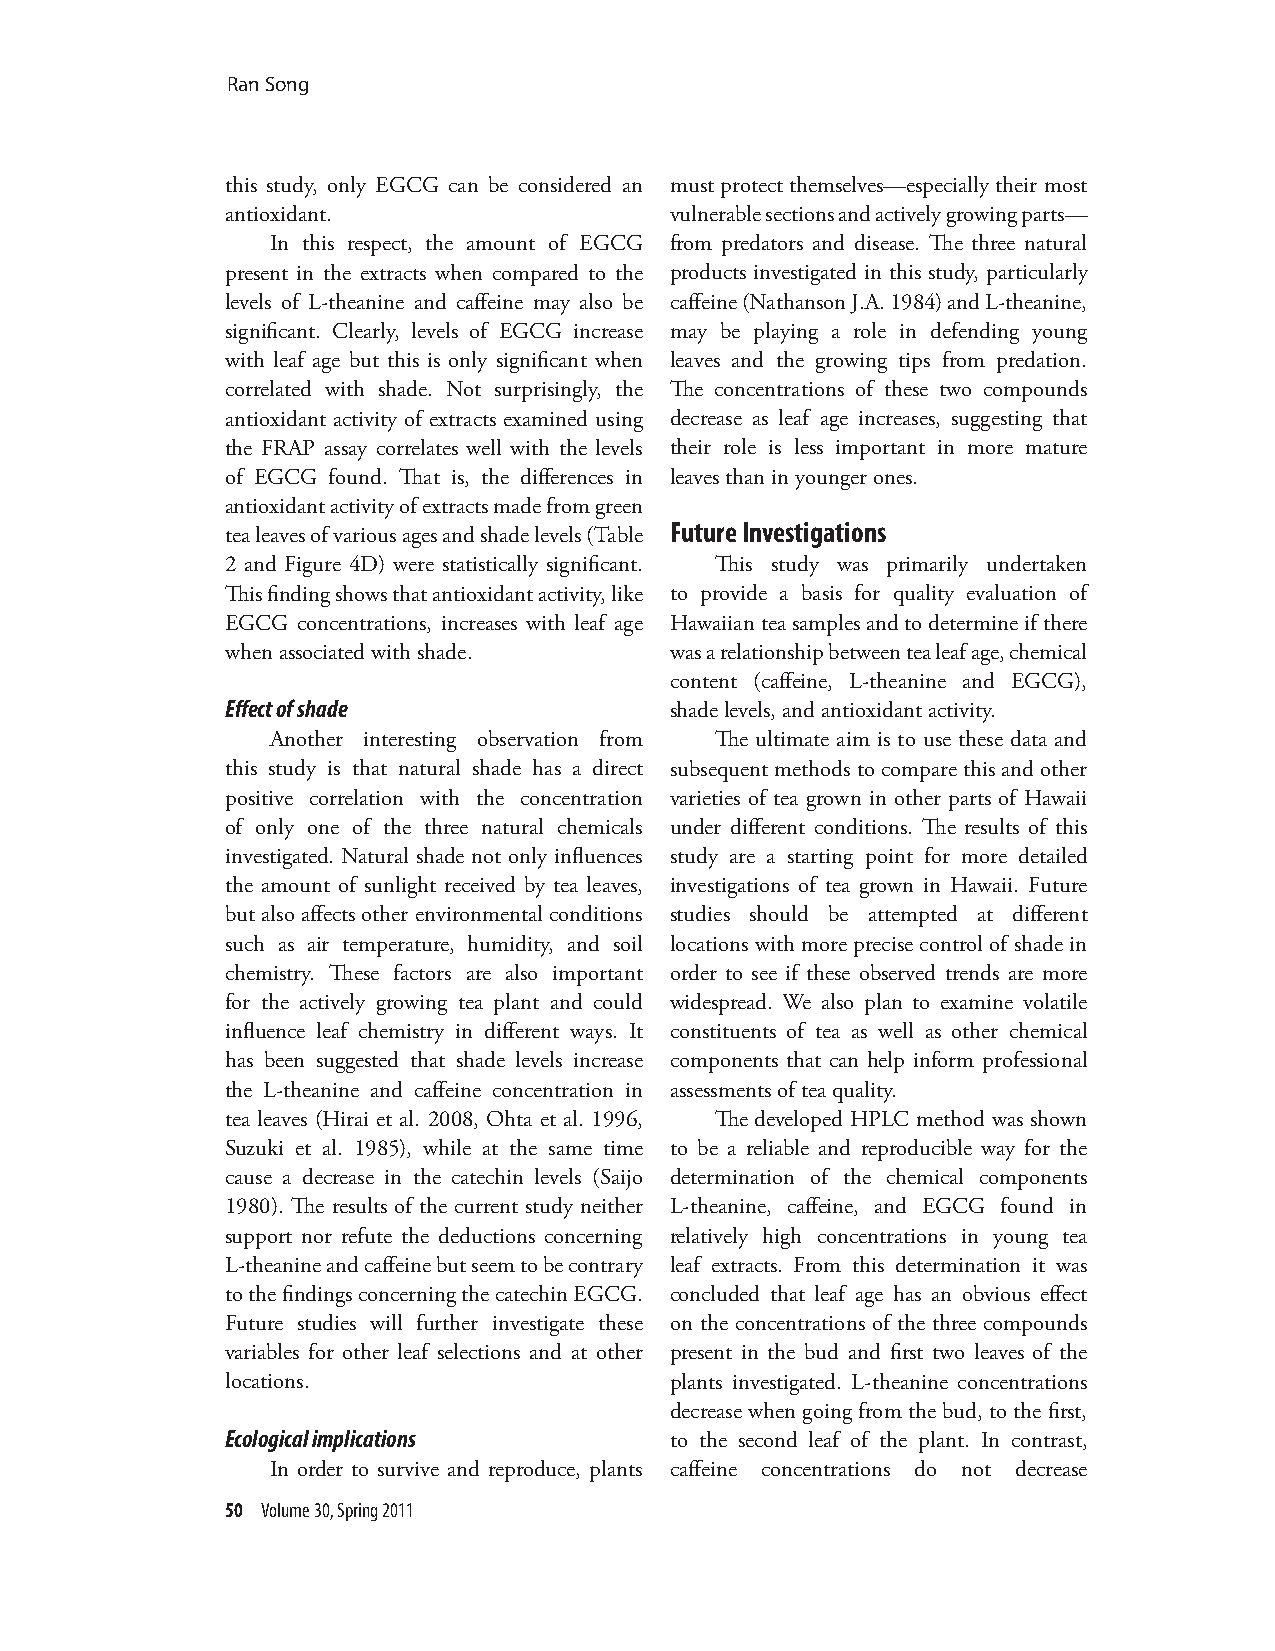
Ran Song
 this study, only EGCG can be considered an must protect themselves—especially their most
 antioxidant.                 vulnerable sections and actively growing parts—
 In this respect, the amount of EGCG from predators and disease. The three natural
 present in the extracts when compared to the products investigated in this study, particularly
 levels of L-theanine and caffeine may also be caffeine (Nathanson J.A. 1984) and L-theanine,
 significant. Clearly, levels of EGCG increase may be playing a role in defending young
 with leaf age but this is only significant when leaves and the growing tips from predation.
 correlated with shade. Not surprisingly, the The concentrations of these two compounds
 antioxidant activity of extracts examined using decrease as leaf age increases, suggesting that
 the FRAP assay correlates well with the levels their role is less important in more mature
 of EGCG found. That is, the differences in leaves than in younger ones.
 antioxidant activity of extracts made from green
 Future Investigations
 tea leaves of various ages and shade levels (Table
 2 and Figure 4D) were statistically significant. This study was primarily undertaken
 This finding shows that antioxidant activity, like to provide a basis for quality evaluation of
 EGCG concentrations, increases with leaf age Hawaiian tea samples and to determine if there
 when associated with shade.  was a relationship between tea leaf age, chemical
 content (caffeine, L-theanine and EGCG),
 Effect of shade              shade levels, and antioxidant activity.
 Another interesting observation from The ultimate aim is to use these data and
 this study is that natural shade has a direct subsequent methods to compare this and other
 positive correlation with the concentration varieties of tea grown in other parts of Hawaii
 of only one of the three natural chemicals under different conditions. The results of this
 investigated. Natural shade not only influences study are a starting point for more detailed
 the amount of sunlight received by tea leaves, investigations of tea grown in Hawaii. Future
 but also affects other environmental conditions studies should be attempted at different
 such as air temperature, humidity, and soil locations with more precise control of shade in
 chemistry. These factors are also important order to see if these observed trends are more
 for the actively growing tea plant and could widespread. We also plan to examine volatile
 influence leaf chemistry in different ways. It constituents of tea as well as other chemical
 has been suggested that shade levels increase components that can help inform professional
 the L-theanine and caffeine concentration in assessments of tea quality.
 tea leaves (Hirai et al. 2008, Ohta et al. 1996, The developed HPLC method was shown
 Suzuki et al. 1985), while at the same time to be a reliable and reproducible way for the
 cause a decrease in the catechin levels (Saijo determination of the chemical components
 1980). The results of the current study neither L-theanine, caffeine, and EGCG found in
 support nor refute the deductions concerning relatively high concentrations in young tea
 L-theanine and caffeine but seem to be contrary leaf extracts. From this determination it was
 to the findings concerning the catechin EGCG. concluded that leaf age has an obvious effect
 Future studies will further investigate these on the concentrations of the three compounds
 variables for other leaf selections and at other present in the bud and first two leaves of the
 locations.                   plants investigated. L-theanine concentrations
 decrease when going from the bud, to the first,
 Ecological implications      to the second leaf of the plant. In contrast,
 In order to survive and reproduce, plants caffeine concentrations do not decrease
 50 Volume 30, Spring 2011